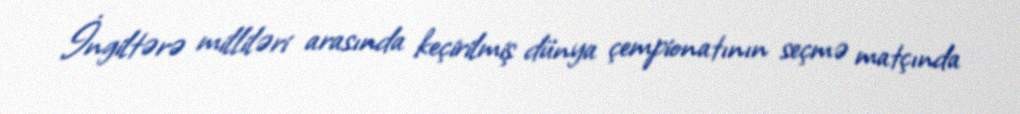
İngiltərə milliləri arasında keçirilmiş dünya çempionatının seçmə matçında